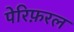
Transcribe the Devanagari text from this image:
पेरिफ़रल